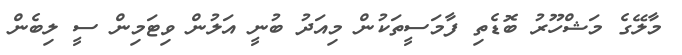
މާލޭގެ މަޝްހޫރު ބޮޑެތި ފާމަސީތަކުން މިއަދު ބުނީ އަލުން ވިޓަމިން ސީ ލިބެން